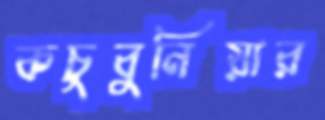
কচুবুনিয়ার